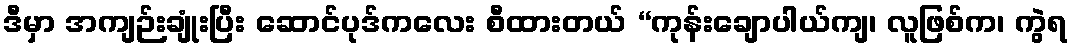
ဒီမှာ အကျဉ်းချုံးပြီး ဆောင်ပုဒ်ကလေး စီထားတယ် “ကုန်းချောပါယ်ကျ၊ လူဖြစ်က၊ ကွဲရ